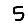
Digit: 5